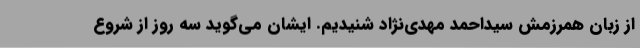
از زبان همرزمش سیداحمد مهدی‌نژاد شنیدیم. ایشان می‌گوید سه روز از شروع